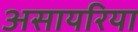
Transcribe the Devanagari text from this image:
असायरिया